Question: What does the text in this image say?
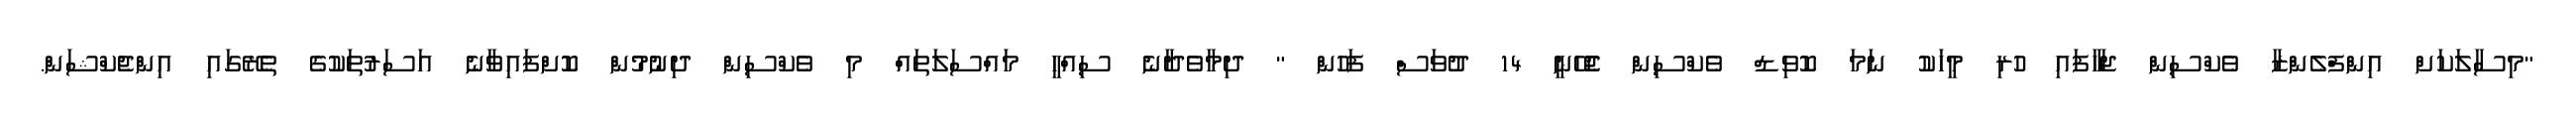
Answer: "މިސާލަކަށް އިންފްލެންޒާ ވެކްސިން ޖަހާފައި ހުރި މީހަކު ނަމަ ކޮވިޑް ވެކްސިން ޖެހޭނީ 14 ދުވަސް ފަހުން " ދިމާވެދާނެ ސިއްހީ މައްސަލަތައް މި ވެކްސިން ދިނުމުން ކޮށްފައިވާނެ އަސަރުތަކުގެ ތެރޭގައި އިންޖެކްޝަން.